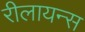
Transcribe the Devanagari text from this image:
रीलायन्स